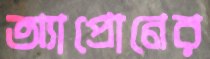
অ্যাপ্রোনের